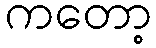
ကတော့